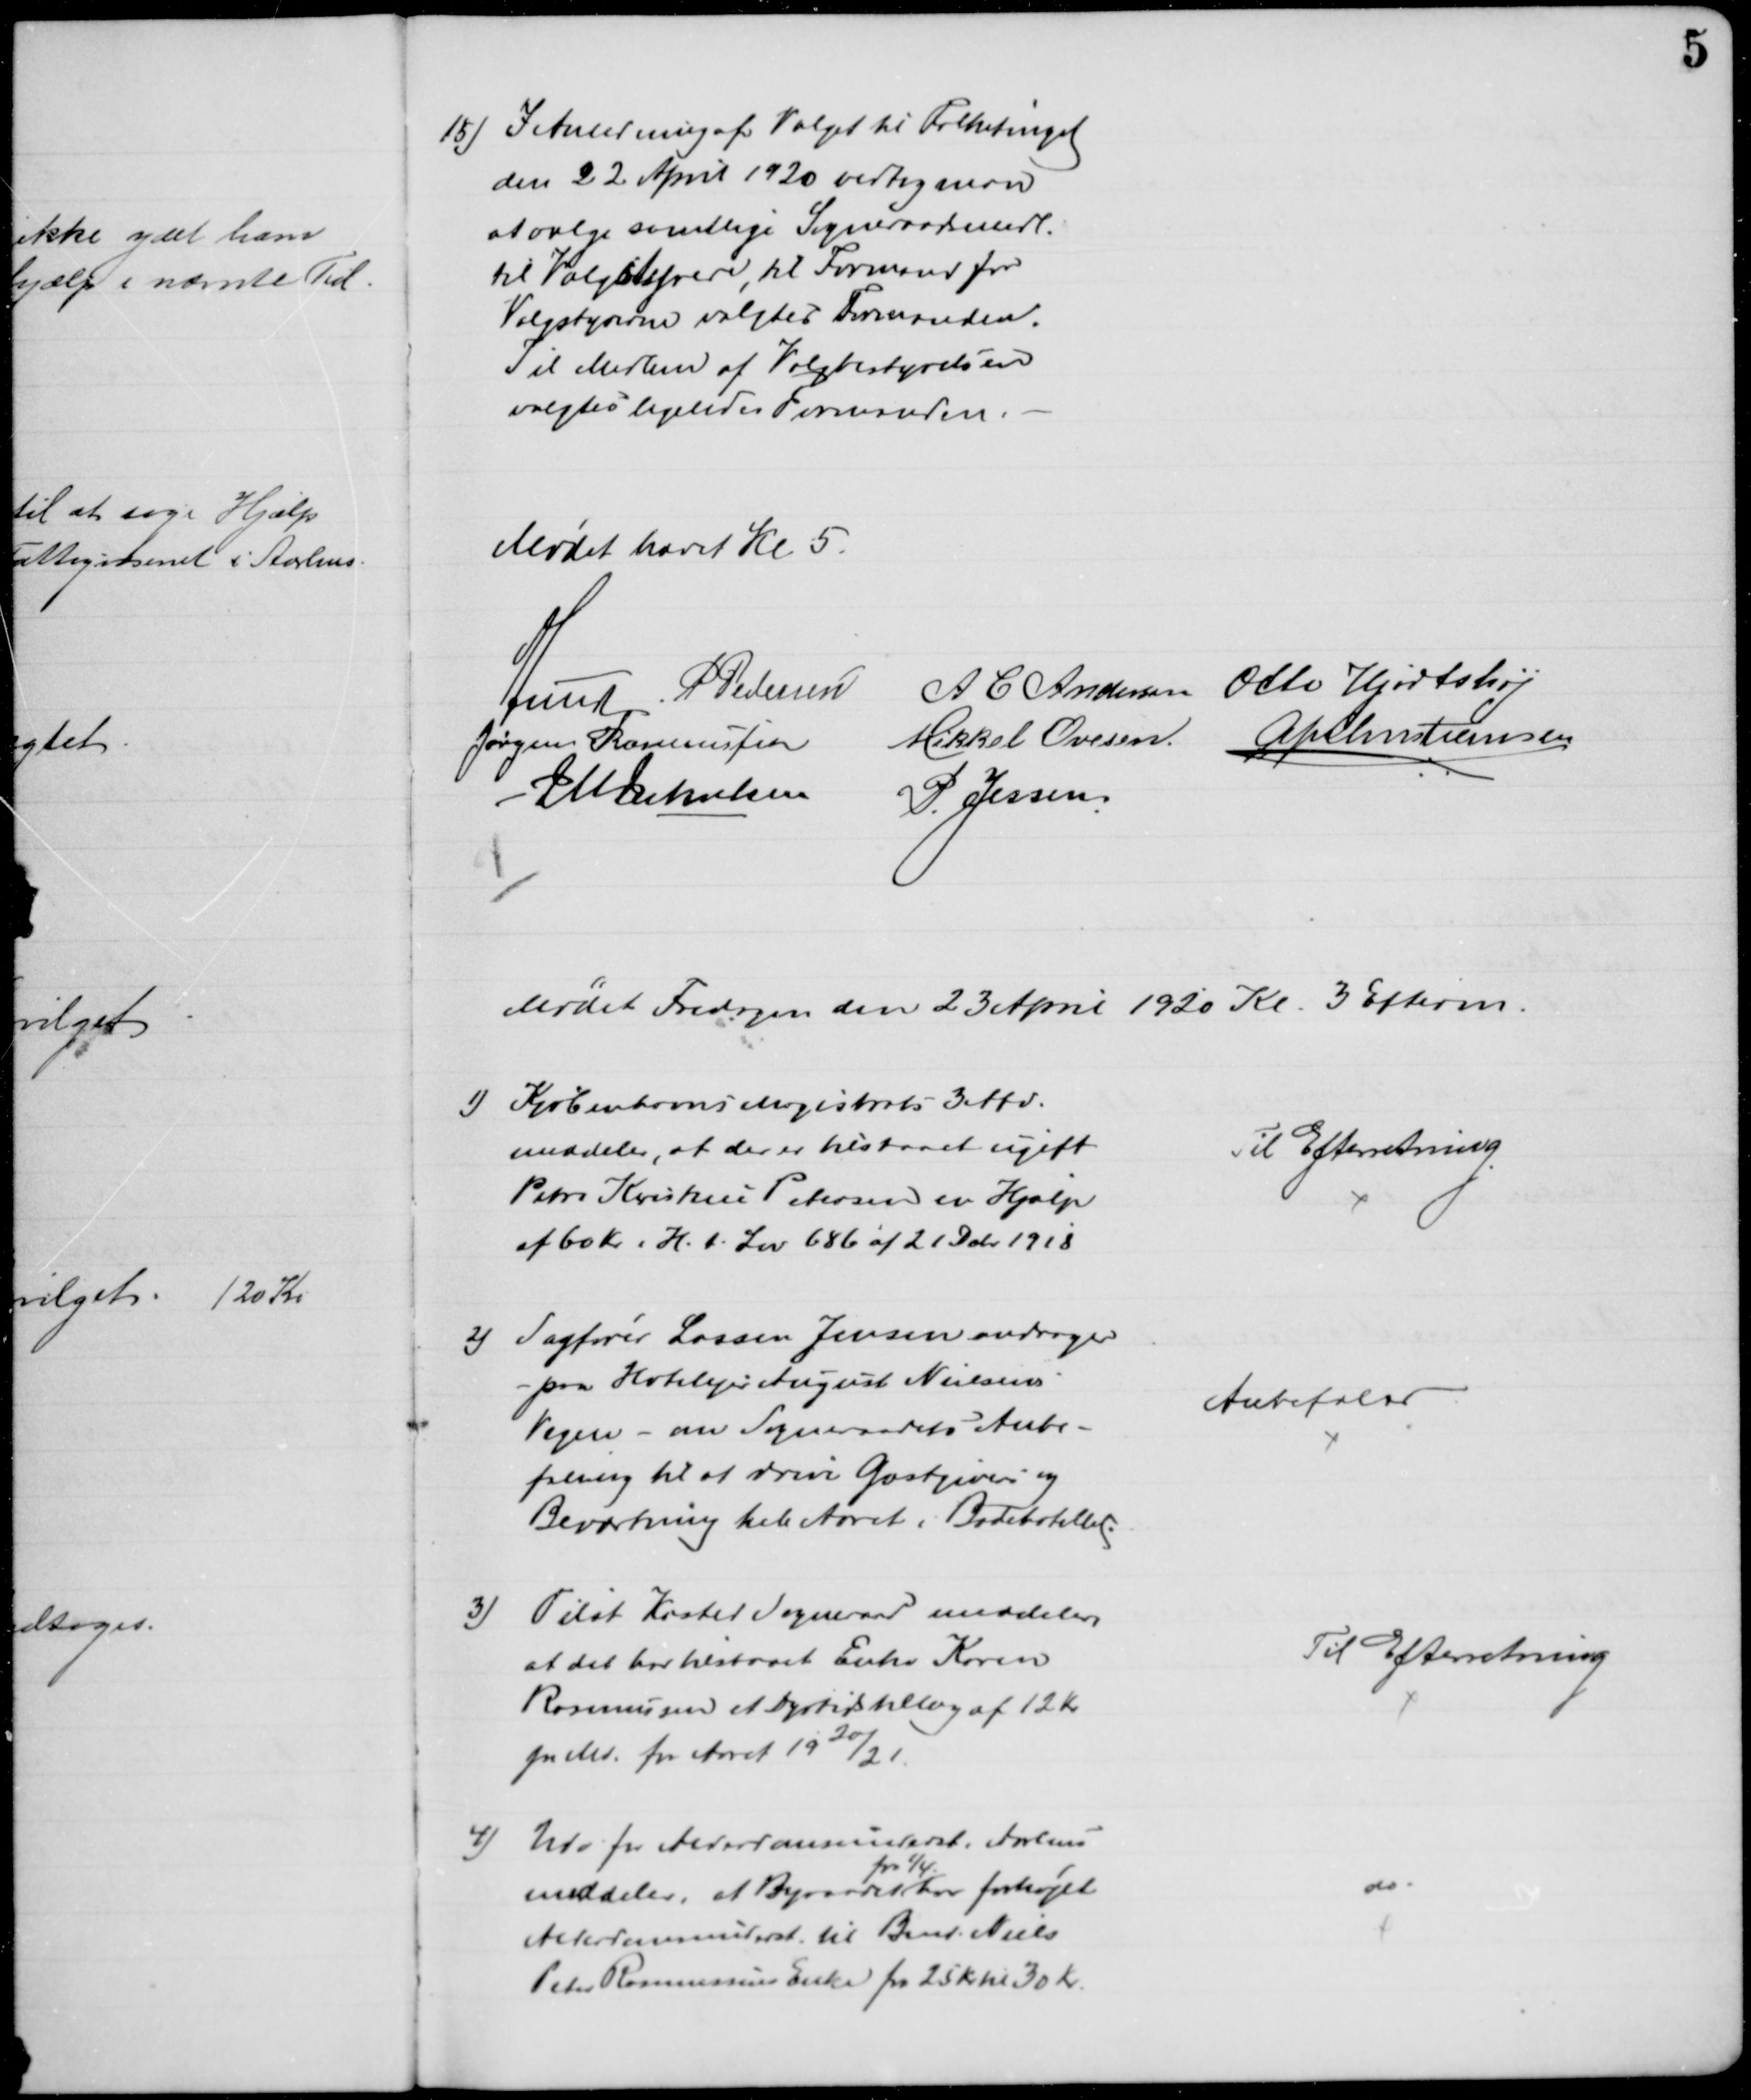
Transskription:
15) I Anledning af Valget til Folketinget
den 22 April 1920 vedtog man
at vælge samtlige Sogneraadsmedl.
til Valgstyrere, til Formand for
Valgstyrerne valgtes Formanden.
Til Medlem af Valgbestyrelsen
valgtes ligeledes Formanden.
Mødet hævet Kl 5.
A Lund P Pedersen
A C Andersen Otto Hjortshøj
Jørgen Rasmussen
Mikkel Ovesen.
A P Christiansen
J M Jakobsen
P. Jessen
Mødet Fredagen den 23 April 1930 Kl. 3 Efterm.
1) Kjøbenhavns Magistrats 3 Afd.
meddeler, at der er tilstaaet ugift
Petra Kirstine Petersen en Hjælp
af 60 Kr i H. t. Lov 686 af 21 Debr 1918
Til Efterretning
2) Sagfører Lassen Jensen andrager
- paa Hotelejer August Nielsens
Vegne - om Sogneraadets Anbe-
faling til at drive Gæstgiveri og
Beværtning hele Aaret i Badehotellet.
Anbefales
3) Tilst Kasted Sogneraad meddeler,
at det har tilstaaet Enke Karen
Rasmusen et Dyrtidstillæg af 12 Kr.
pr Md. for Aaret 1920/21
Til Efterretning
4) Udv for Alderdomsunderst i Aarhus
meddeler, at Byraadet 
fra 1/4
har forhøjet
Alderdomsunderst til Bmd Niels
Peter Rasmussens Enke fra 25 Kr til 30 Kr.
do